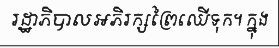
រដ្ឋាភិបាលអភិរក្សព្រៃឈើទុក។ ក្នុង